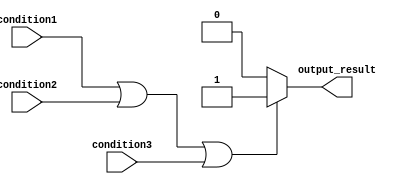
module if_else_logical_or (
    input wire condition1,
    input wire condition2,
    input wire condition3,
    output reg output_result
);

always @ (*) begin
    if (condition1 || condition2 || condition3) begin
        // Actions to be performed when at least one condition is true
        output_result <= 1;
    end
    else begin
        // Actions to be performed when none of the conditions are true
        output_result <= 0;
    end
end

endmodule